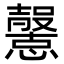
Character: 𢤶